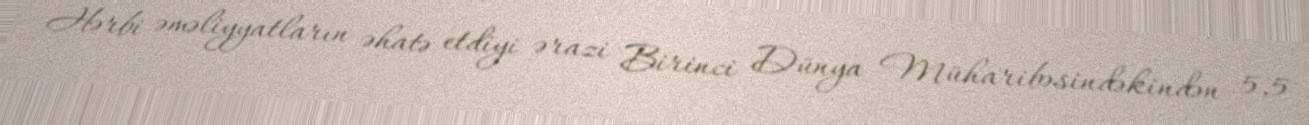
Hərbi əməliyyatların əhatə etdiyi ərazi Birinci Dünya Müharibəsindəkindən 5,5